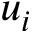
u _ { i }